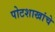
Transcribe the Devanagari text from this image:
पोटशाखांचे